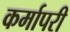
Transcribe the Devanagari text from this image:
कर्मापरी